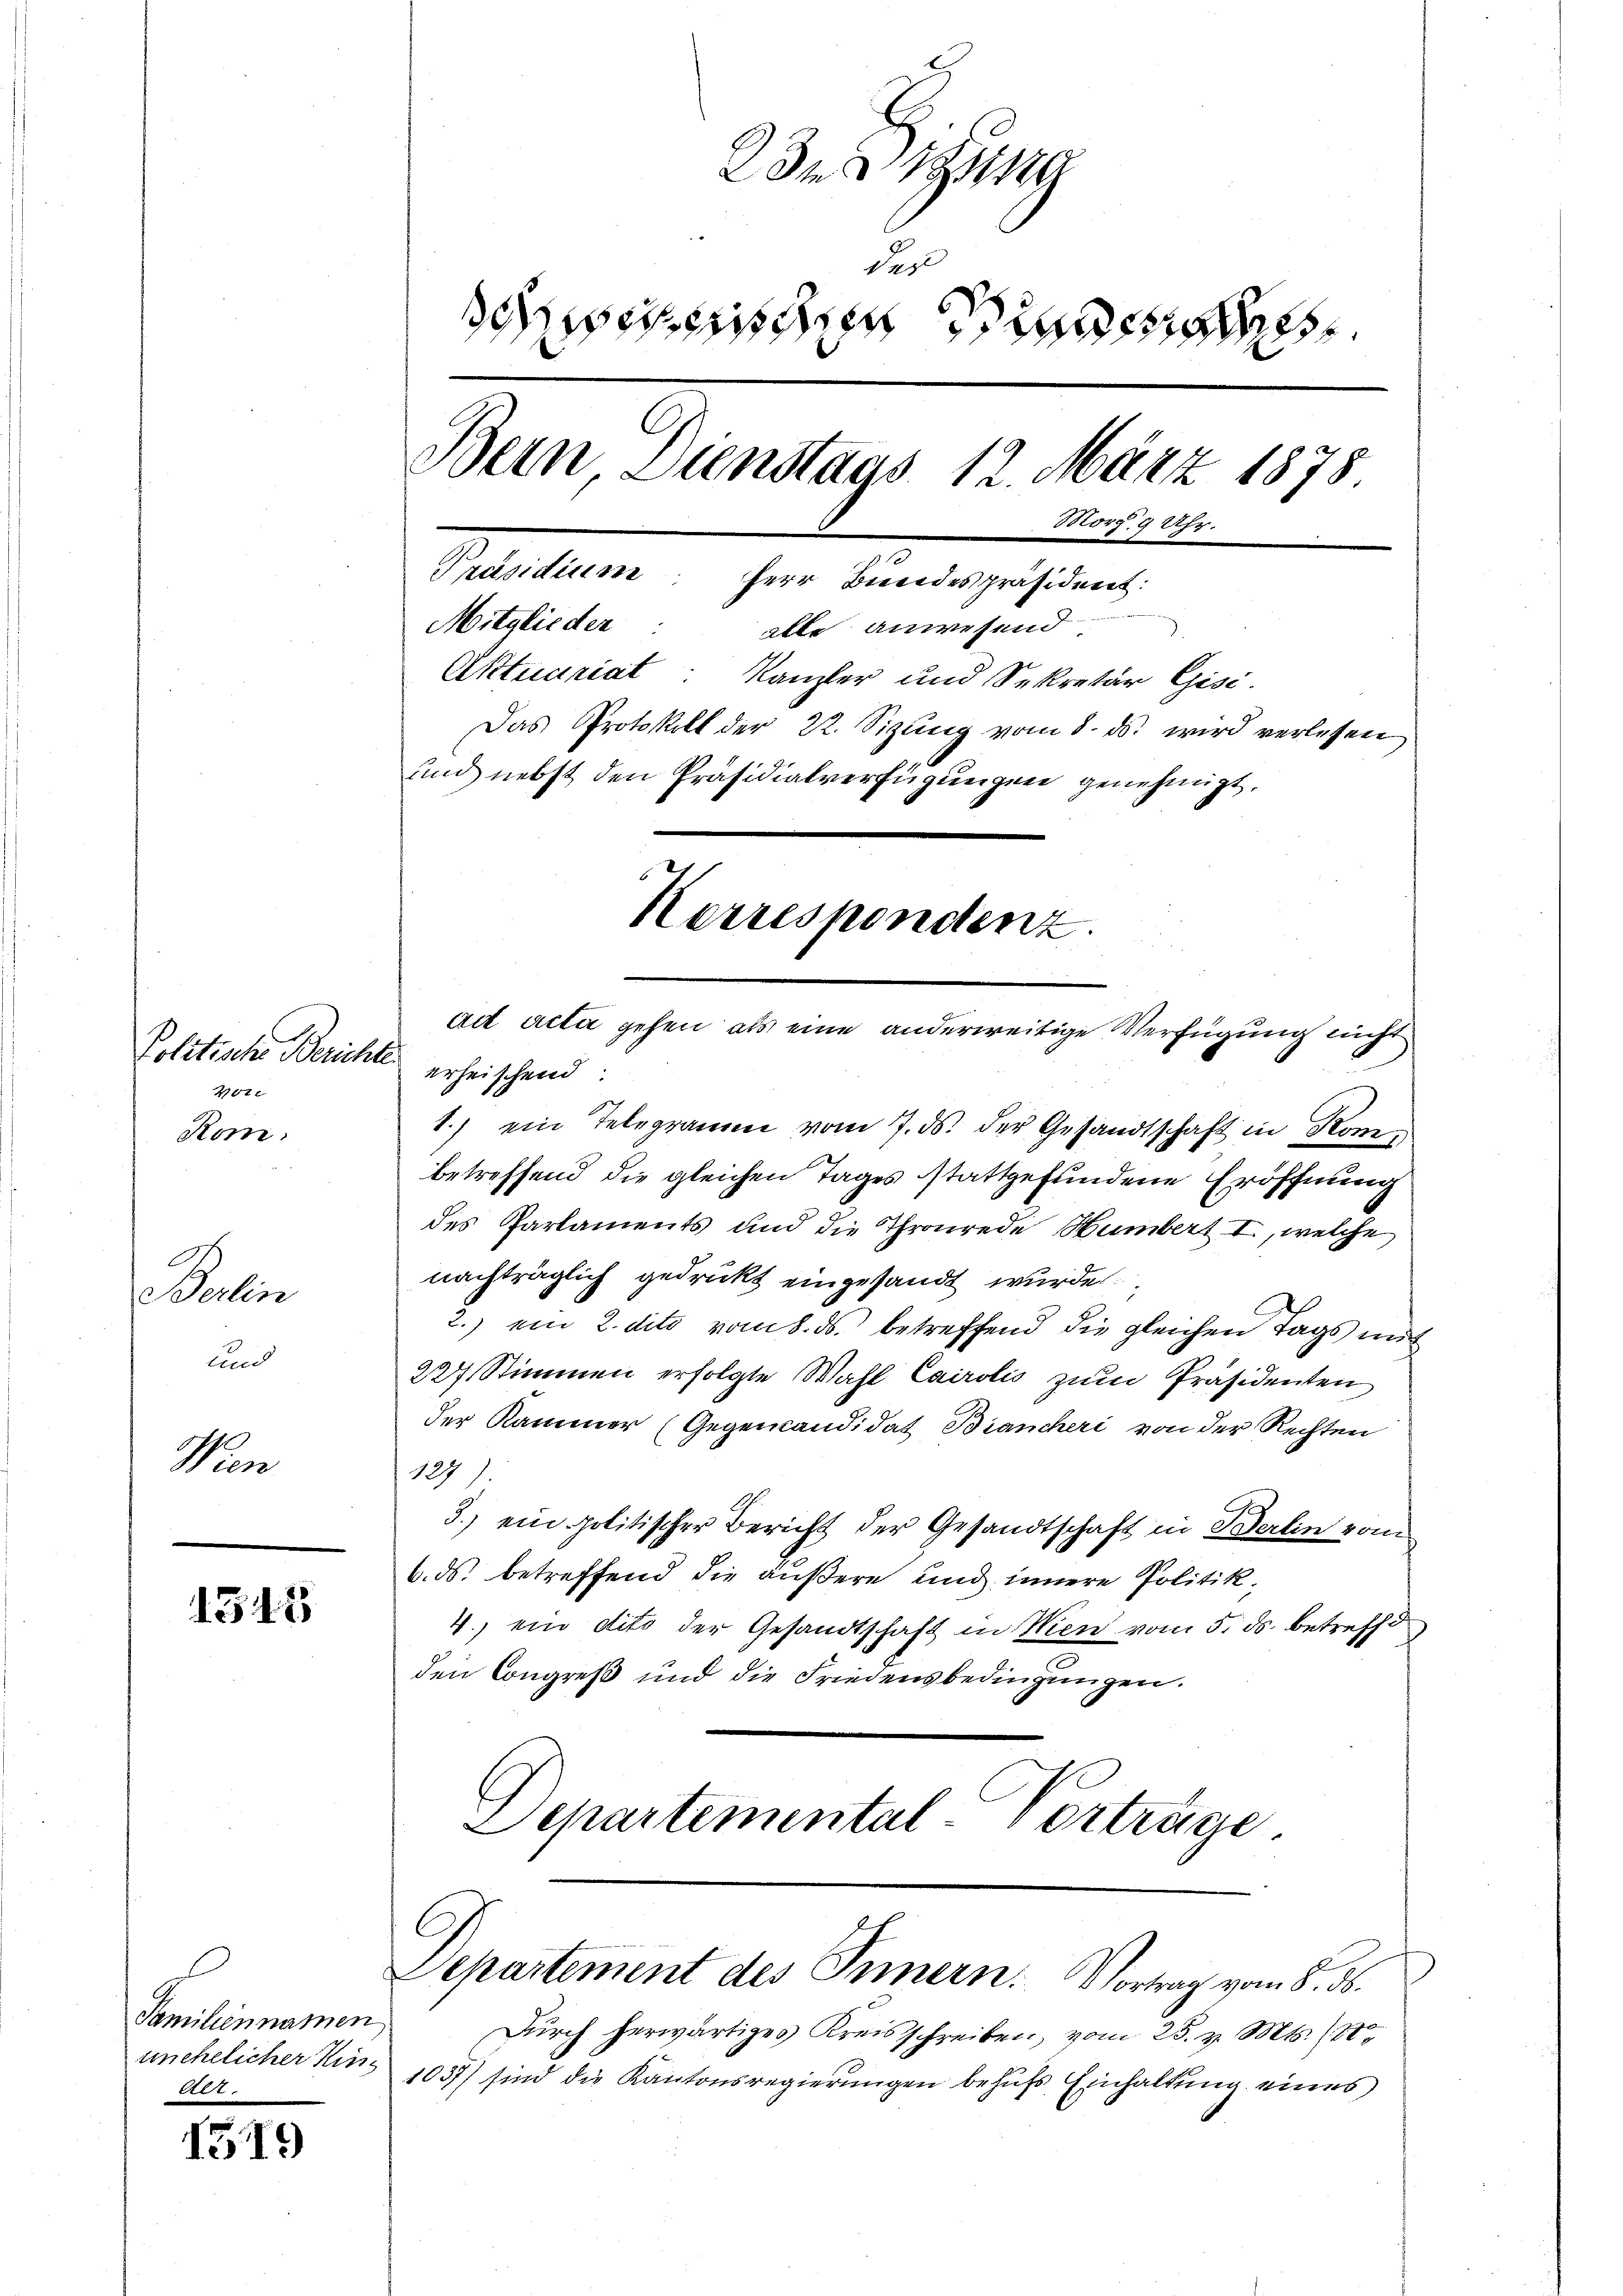
Politische Berichte
401
Rom.

A
Berlin
und

Wien

1545

Familiennamen
unehelicher Hin¬
Act.

1319

23
des
dewesen Sinnen
Bern Dienstags 12. März 1878
Morg 9 Uhr.
Präsidium Herr Bundespräsident:
Mitglieder alle anwesend
Aktuariat Kanzler und Sekretär Gisi.
Das Protokoll der 22. Sizung vom 8. ds. wird verlesen
und nebst den Präsidialverfügungen genehmigt.
Korrespondenz.
ad acta gehen, als eine anderweitige Verfügung nicht

erheischend
1.) ein Telegramm vom 7. ds. der Gesandtschaft in Komen
betreffend die gleichen Tages stattgefundene Eröffnung
des Parlaments und die Thronrede Humbert I, welche
nachträglich gedrückt eingesandt wurde
2.) ein 2. dito vom 8. ds. betreffend die gleichen Tags mit
227 Stimmen erfolgte Wahl Cairolis zum Präsidenten
der Kammer (Gegencandidat Biancheri von der Rechten
127).
3.) ein politischer Bericht der Gesandtschaft in Berlin vom
6. ds. betreffend die äußere und innere Politik,
4.) ein dito der Gesandtschaft in Wien vom 5. ds. betreffe
den Congreß und die Friedensbedingungen.
Departemental-Vorträge.

Departement des Innern. Vortrag vom 8. 56.

Durch herwärtiges Kreisschreiben, vom 25. v. Mts. (St
1037) sind die Kantonsregierungen behufs Einhaltung eines